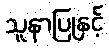
သူနာပြုနှင့်